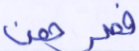
فصرهن